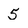
Character: 5